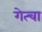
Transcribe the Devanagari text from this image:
गेत्चा